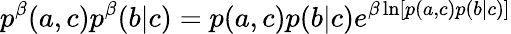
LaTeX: p^{\beta}(a,c)p^{\beta}(b|c)=p(a,c)p(b|c)e^{\beta\ln[p(a,c)p(b|c)]}